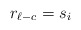
\begin{align*}r_{\ell-c} = s_i \end{align*}